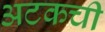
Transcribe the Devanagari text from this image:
अटकची